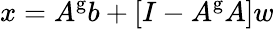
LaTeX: x=A^{\mathrm{g}}b+\left[I-A^{\mathrm{g}}A\right]w